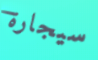
سيجارة